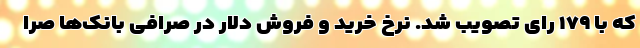
که با ۱۷۹ رای تصویب شد. نرخ خرید و فروش دلار در صرافی بانک‌ها صرا